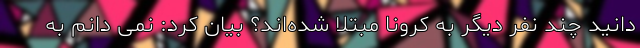
‌دانید چند نفر دیگر به کرونا مبتلا شده‌اند؟ بیان کرد: نمی دانم به